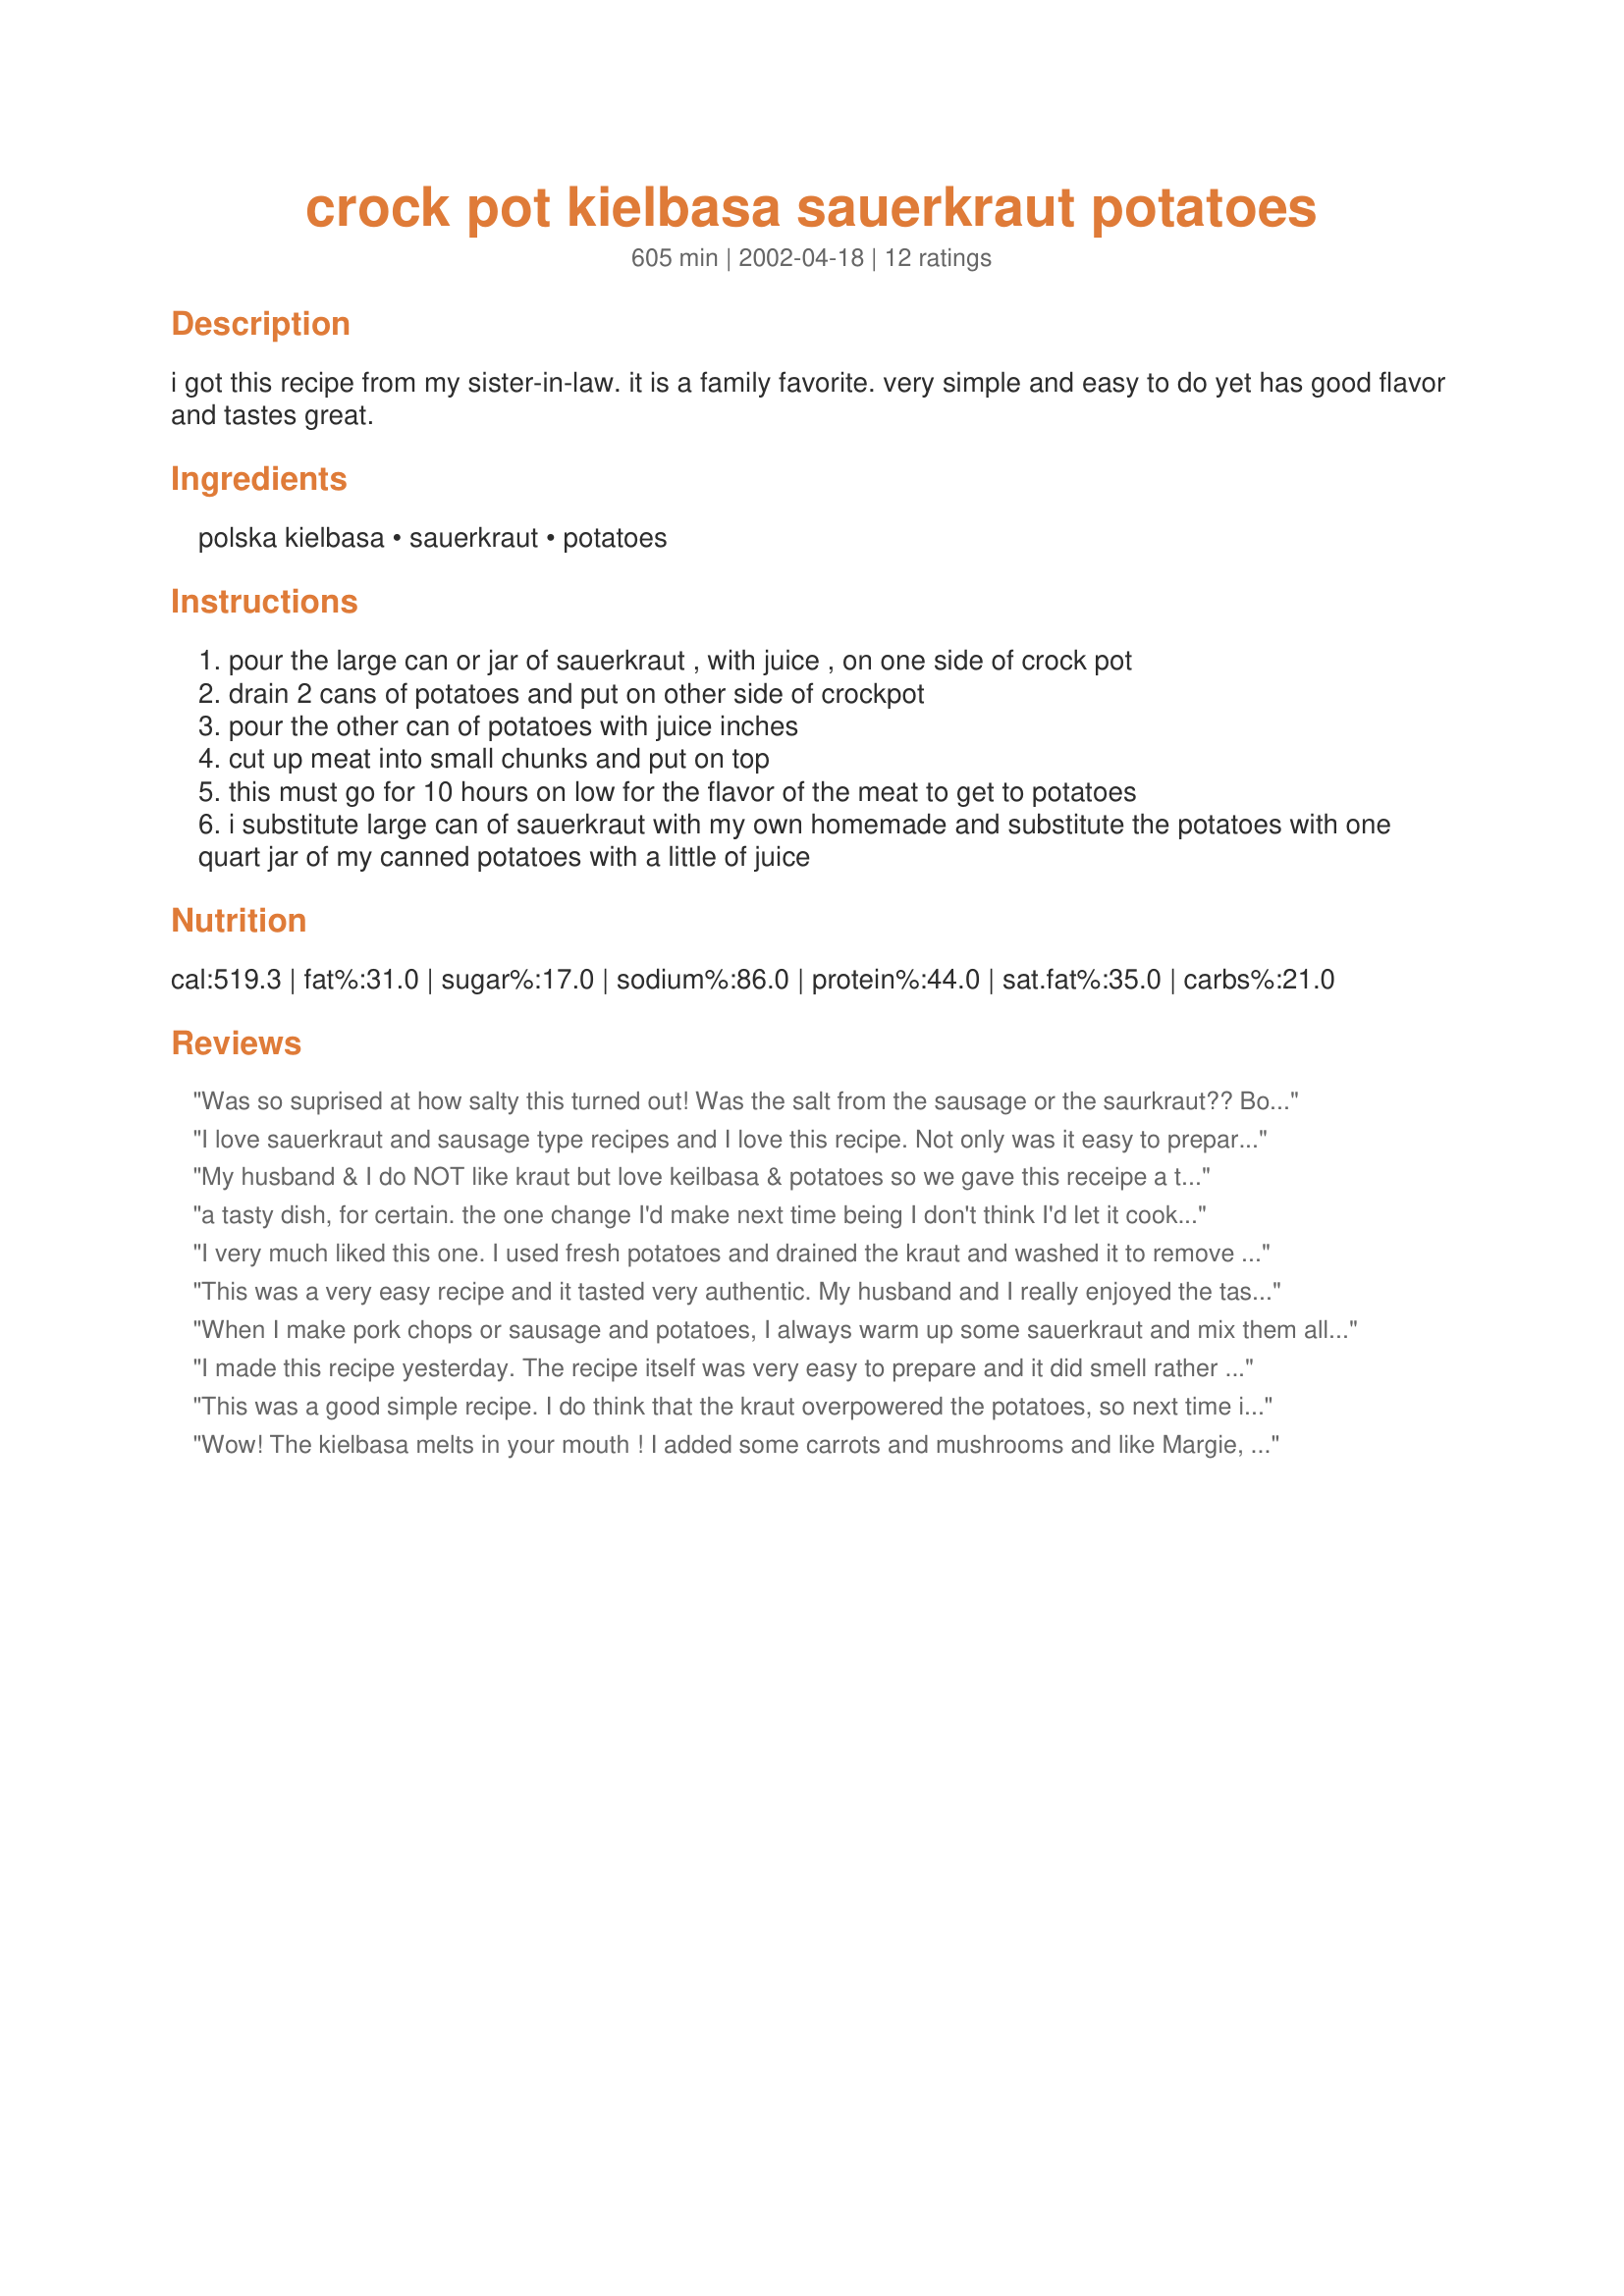
crock pot kielbasa sauerkraut potatoes
Preparation time: 605 minutes

i got this recipe from my sister-in-law. it is a family favorite. very simple and easy to do yet has good flavor and tastes great.

Ingredients:
polska kielbasa, sauerkraut, potatoes

Steps:
pour the large can or jar of sauerkraut , with juice , on one side of crock pot
drain 2 cans of potatoes and put on other side of crockpot
pour the other can of potatoes with juice inches
cut up meat into small chunks and put on top
this must go for 10 hours on low for the flavor of the meat to get to potatoes
i substitute large can of sauerkraut with my own homemade and substitute the potatoes with one quart jar of my canned potatoes with a little of juice

Reviews:
Was so suprised at how salty this turned out! Was the salt from the sausage or the saurkraut?? Bottom line, we didn't like this one. The sausage was sort of dry and everthing else was too salty to eat.
I love sauerkraut and sausage type recipes and I love this recipe. Not only was it easy to prepare, but filling too. I enjoyed the flavor of the smokey kielbasa with the kraut and potatoes. Also, this recipe is very economical to buy ingredients for if you buy the store brand rather than the name brand of canned products. I look forward to the leftovers. I am planning on mashing up some of the leftovers and frying them into small pancakes. YUM!! :)
My husband & I do NOT like kraut but love keilbasa & potatoes so we gave this receipe a try. We used all canned foods. It was really great! Remember to cook the full duration. The smoky flavor is to die for!
a tasty dish, for certain. the one change I'd make next time being I don't think I'd let it cook as long...the sausage & potatoes lost their individual tastes a bit more than I'd have liked and the sauerkraut cooked completely down to tasting like plain, cooked cabbage. I also had to add about 1-1 1/2 c. water about halfway through. I'm thinking it's possible my crockpot may cook hotter than the recipe was created on. I was also contemplating using Bavarian style sauerkraut next time to jazz it up a bit. But good all the same and very filling on a cold night such as this!
I very much liked this one. I used fresh potatoes and drained the kraut and washed it to remove so much of the salt but subsituted a little chicken broth for the liquid in the kraut and the flavors and smokey taste were wonderful. will add to my monthly menus. Thank you.
This was a very easy recipe and it tasted very authentic. My husband and I really enjoyed the taste of this recipe.
When I make pork chops or sausage and potatoes, I always warm up some sauerkraut and mix them all together with a little butter on top. No one else in my house will have anything to do with it because of the sauerkraut, but I love it. SO I knew I would love this recipe. I made it just for myself. I do think that next time I will partially boil the potaoes first because they weren't soft enough for me but besides that, I loved this. Towards the end of cooking I put a few tablespoons of butter on top also. Since no one else would eat it I had dinner one night and lunch the rest of the week! Thanks for posting!
I made this recipe yesterday. The recipe itself was very easy to prepare and it did smell rather European in my house when we came home. However, the meal received only one thumbs up from my hubby but two thumbs down from myself and a guest. There's nothing wrong with the recipe, it turned out fine and was everything it claimed to be. If you really like sausage/kraut recipes, then for sure try this one but it's not one I'll be repeating again.
This was a good simple recipe. I do think that the kraut overpowered the potatoes, so next time instead I will keep them seperate until serving them. Thanks for sharing!
Wow! The kielbasa melts in your mouth ! I added some carrots and mushrooms and like Margie, I added chicken broth. I used fresh potatoes instead of canned.
This is quite similar to another recipe--recipe #284900. It calls for fresh new potatoes and cream of potato soup.
A note for those who think this is too salty: Rinse the sauerkraut very well in a colander, shake excess water, and then rinse very well a second time. This will get rid of most of the excessive salt. Also try sweetening this dish with about 1-2 tablespoons of sugar.
